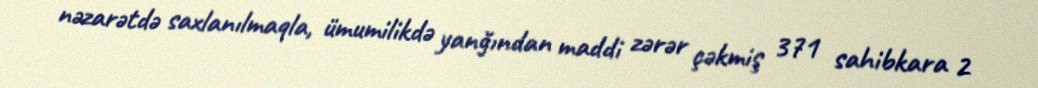
nəzarətdə saxlanılmaqla, ümumilikdə yanğından maddi zərər çəkmiş 371 sahibkara 2